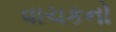
વાચકનો